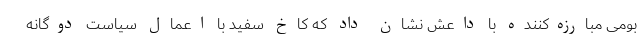
بومی مبارزه‌کننده با داعش نشان داد که کاخ سفید با اعمال سیاست دوگانه